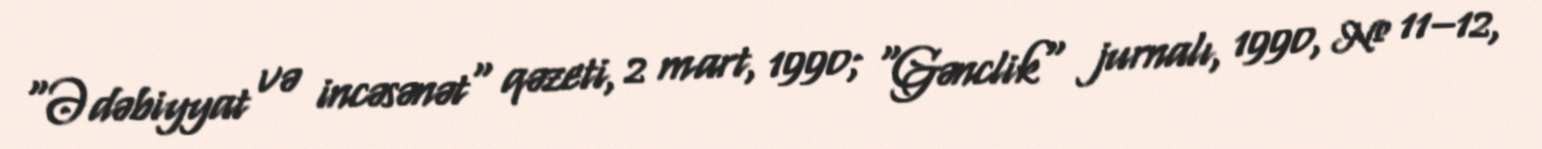
"Ədəbiyyat və incəsənət" qəzeti, 2 mart, 1990; "Gənclik" jurnalı, 1990, № 11–12,